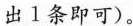
出1条即可)。